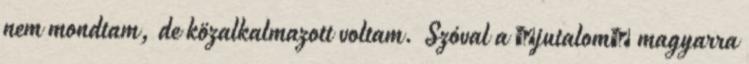
nem mondtam, de közalkalmazott voltam. Szóval a jutalom magyarra